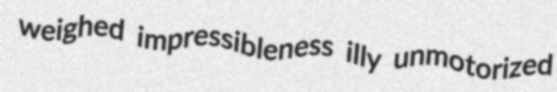
weighed impressibleness illy unmotorized